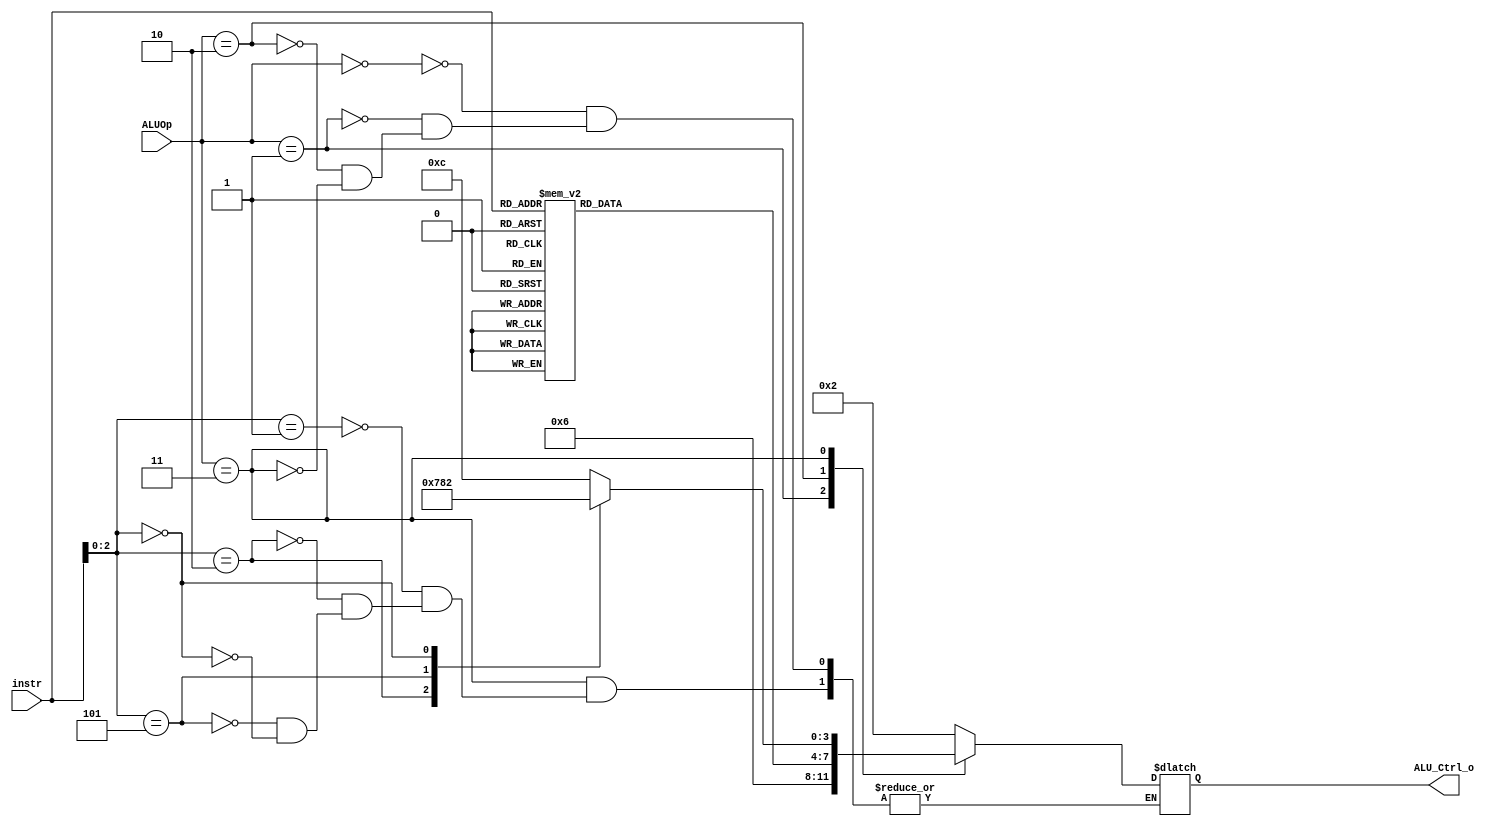
`timescale 1ns/1ps

module ALU_Ctrl(
    input       [4-1:0] instr,
    input       [2-1:0] ALUOp,
    output reg  [4-1:0] ALU_Ctrl_o
);
/* Write your code HERE */

wire [2:0] func3;
assign func3 = instr[2:0];



always @(*) begin
    case(ALUOp)
        2'b00://lw sw => add
            ALU_Ctrl_o <= 4'b0010;
        2'b01://branch => sub
            ALU_Ctrl_o <= 4'b0110;
        2'b10://R-type
            begin
               
                case(instr)
                    4'b0000://add
                        ALU_Ctrl_o <= 4'b0010;
                    4'b1000://sub
                        ALU_Ctrl_o <= 4'b0110;
                    4'b0111://and
                        ALU_Ctrl_o <= 4'b0000;
                    4'b0110://or
                        ALU_Ctrl_o <= 4'b0001;
                    4'b0010://slt
                        ALU_Ctrl_o <= 4'b0111;
                    4'b0100://xor
                        ALU_Ctrl_o <= 4'b0011;
                    4'b0001: //sll
                        ALU_Ctrl_o <= 4'b1100; 
				    4'b1101: //sra
                        ALU_Ctrl_o <= 4'b1001; 
                    default:
                        ALU_Ctrl_o <= 4'b0000;
                    
                endcase
            
            end
        2'b11: 
            begin
                case(func3)
                    3'b001: //slli
                        ALU_Ctrl_o <= 4'b1100; 
                    3'b010: //slti
                        ALU_Ctrl_o <= 4'b0111; 
                    3'b101: //srli
                        ALU_Ctrl_o <= 4'b1000; 
                    3'b000: //addi => add
                        ALU_Ctrl_o <= 4'b0010; 
                
                endcase
            end
        default:
            ALU_Ctrl_o <= 4'b1111;

    endcase



end





endmodule